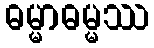
ဓမ္မာဓမ္မဿ